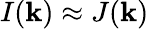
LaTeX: I(\mathbf{k})\approx J(\mathbf{k})